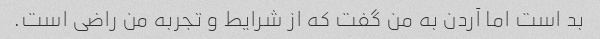
بد است اما آردن به من گفت که از شرایط و تجربه من راضی است.